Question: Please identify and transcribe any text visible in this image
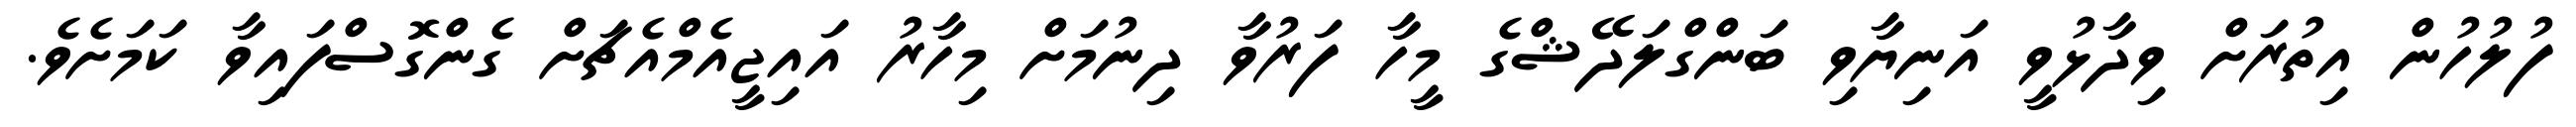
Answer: ފުލުހުން އިތުރަށް ވިދާޅުވީ އަނިޔާވި ބަންގްލަދޭޝްގެ މީހާ ފަރުވާ ދިނުމަށް މިހާރު އައިޖީއެމްއެޗަށް ގެންގޮސްފައިވާ ކަމަށެވެ.